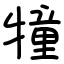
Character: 犝